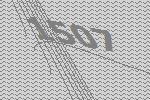
1507